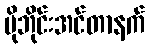
မိုဘိုင်းအင်တာနက်